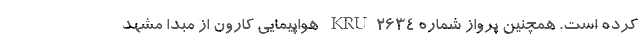
کرده است. همچنین پرواز شماره KRU۲۶۳۴ هواپیمایی کارون از مبدا مشهد